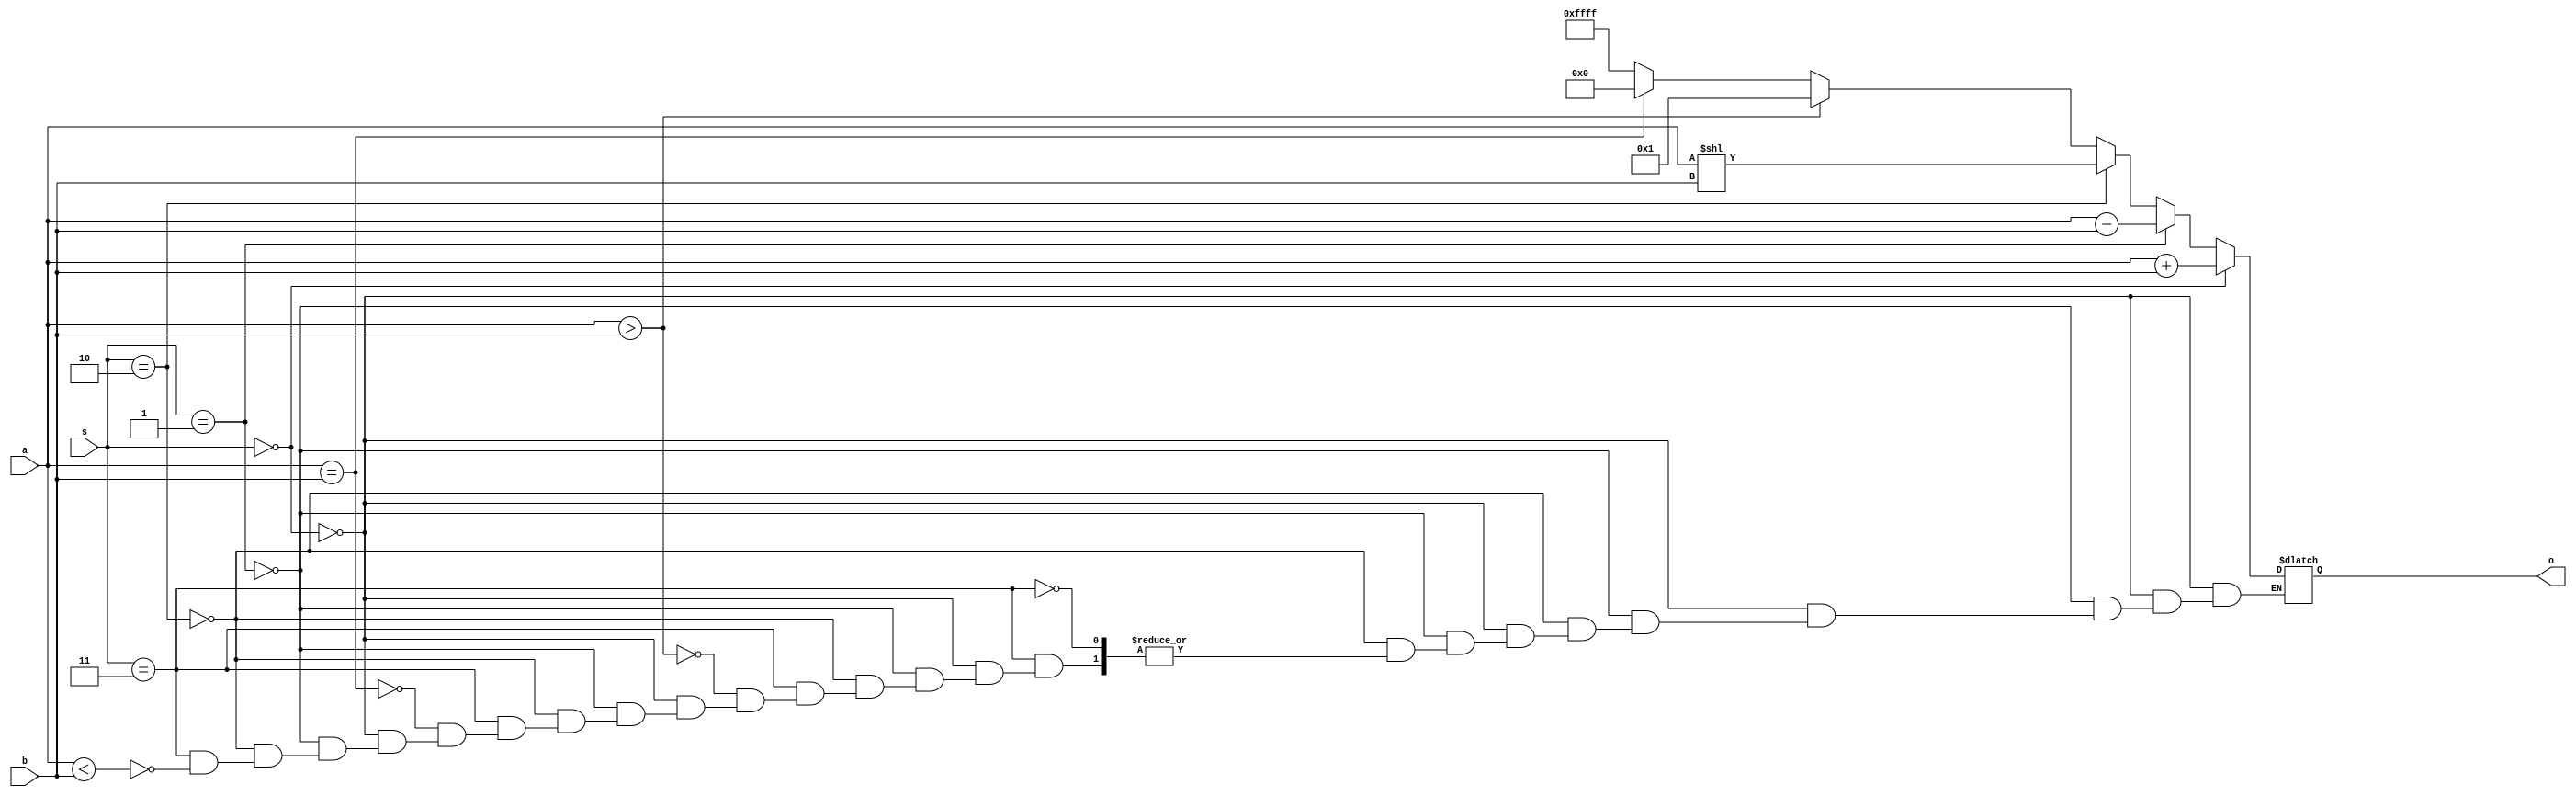
`timescale 1ns / 1ps
//////////////////////////////////////////////////////////////////////////////////
// Company: 
// Engineer: 
// 
// Design Name: 
// Module Name:    ALUCodeScm 
// Project Name: 
// Target Devices: 
// Tool versions: 
// Description: 
//
// Dependencies: 
//
// Revision: 
// Revision 0.01 - File Created
// Additional Comments: 
//
//////////////////////////////////////////////////////////////////////////////////
module ALUCodeScm(
    output reg [15:0] o,
    input [15:0] a,
    input [15:0] b,
    input [1:0] s
    );
	
	// Selector Status:
	// 		if s = 0 add
	// 		if s = 1 sub
	// 		if s = 2 sll only shifts a
	
	always @ (a,b,s)
		if(s == 0) begin
			o = a + b;
		end
		else if(s == 1) begin
			o = a - b;
		end
		else if (s == 2) begin
			o = a << b;
		end
		else if (s == 3) begin
			if(a < b) begin
			o = 16'b1111111111111111;
			end
			if(a == b) begin
			o = 0;
			end
			if(a > b) begin
			o = 1;
			end
		end

endmodule